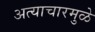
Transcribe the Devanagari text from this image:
अत्याचारमुळे